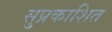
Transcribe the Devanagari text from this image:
सुप्रकाशित